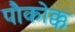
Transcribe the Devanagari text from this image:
पौकोक्क